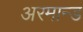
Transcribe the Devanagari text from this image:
अरमान्ड